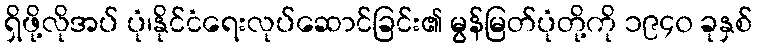
ရှိဖို့လိုအပ် ပုံ၊နိုင်ငံရေးလုပ်ဆောင်ခြင်း၏ မွန်မြတ်ပုံတို့ကို ၁၉၄၀ ခုနှစ်